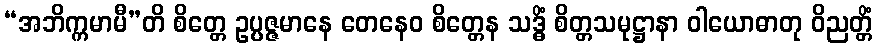
“အဘိက္ကမာမီ”တိ စိတ္တေ ဥပ္ပဇ္ဇမာနေ တေနေဝ စိတ္တေန သဒ္ဓိံ စိတ္တသမုဋ္ဌာနာ ဝါယောဓာတု ဝိညတ္တိံ